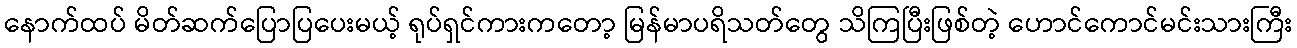
နောက်ထပ် မိတ်ဆက်ပြောပြပေးမယ့် ရုပ်ရှင်ကားကတော့ မြန်မာပရိသတ်တွေ သိကြပြီးဖြစ်တဲ့ ဟောင်ကောင်မင်းသားကြီး